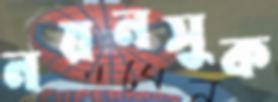
নয়নসুক